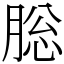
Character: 䶼